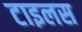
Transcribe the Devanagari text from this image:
टाइलस